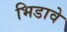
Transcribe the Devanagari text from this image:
भिडावे